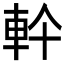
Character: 𮝂